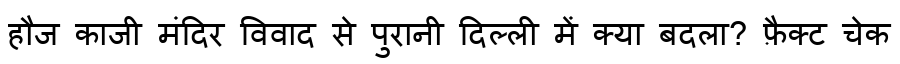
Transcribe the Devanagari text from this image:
हौज काजी मंदिर विवाद से पुरानी दिल्ली में क्या बदला? फ़ैक्ट चेक